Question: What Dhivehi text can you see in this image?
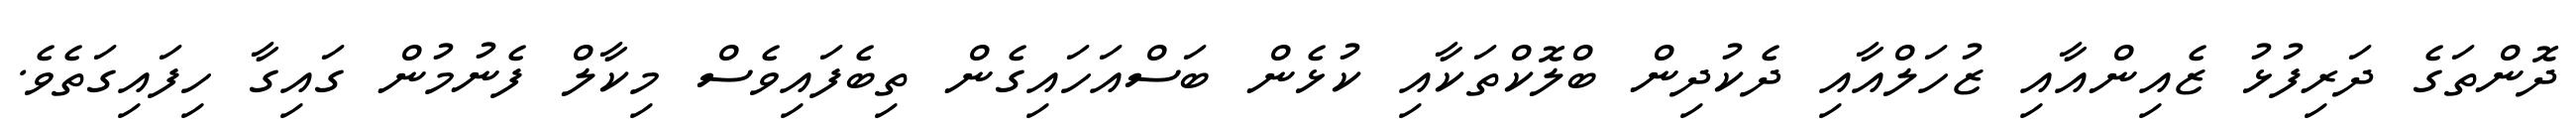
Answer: ދޮންތަގެ ދަރިފުޅު ޒެއިންއާއި ޒުހަލްއާއި ދެކުދިން ބްލޮކްތަކާއި ކުޅެން ބަސްއަހައިގެން ތިބެފައިވެސް މިކާލް ފެނުމުން ގައިގާ ހިފައިގަތެވެ.